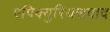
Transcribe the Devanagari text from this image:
एपिक्युरियसवाद